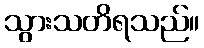
သွားသတိရသည်။